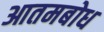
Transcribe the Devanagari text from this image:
आतमबोध